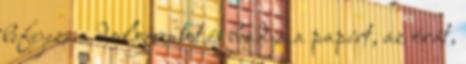
befejezi a dolgozatot és beadja a papírt, az órát,